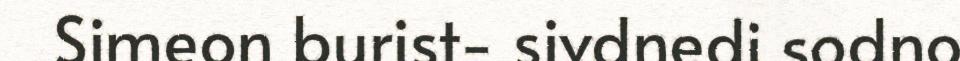
Simeon burist- sivdnedi sodno